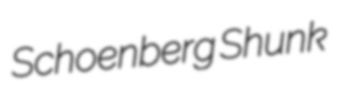
Schoenberg Shunk